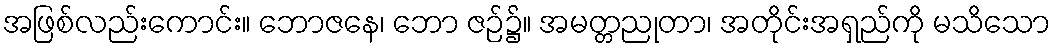
အဖြစ်လည်းကောင်း။ ဘောဇနေ၊ ဘော ဇဉ်၌။ အမတ္တညုတာ၊ အတိုင်းအရှည်ကို မသိသော